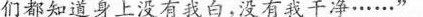
们都知道身上没有我白，没有我干净……”